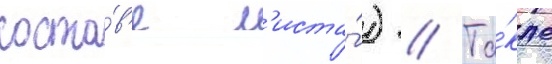
соста́в'е л'иста́) // Та́кже